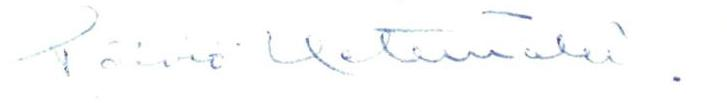
Päiviö Hetemäki.